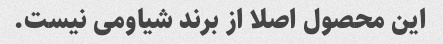
این محصول اصلا از برند شیاومی نیست.